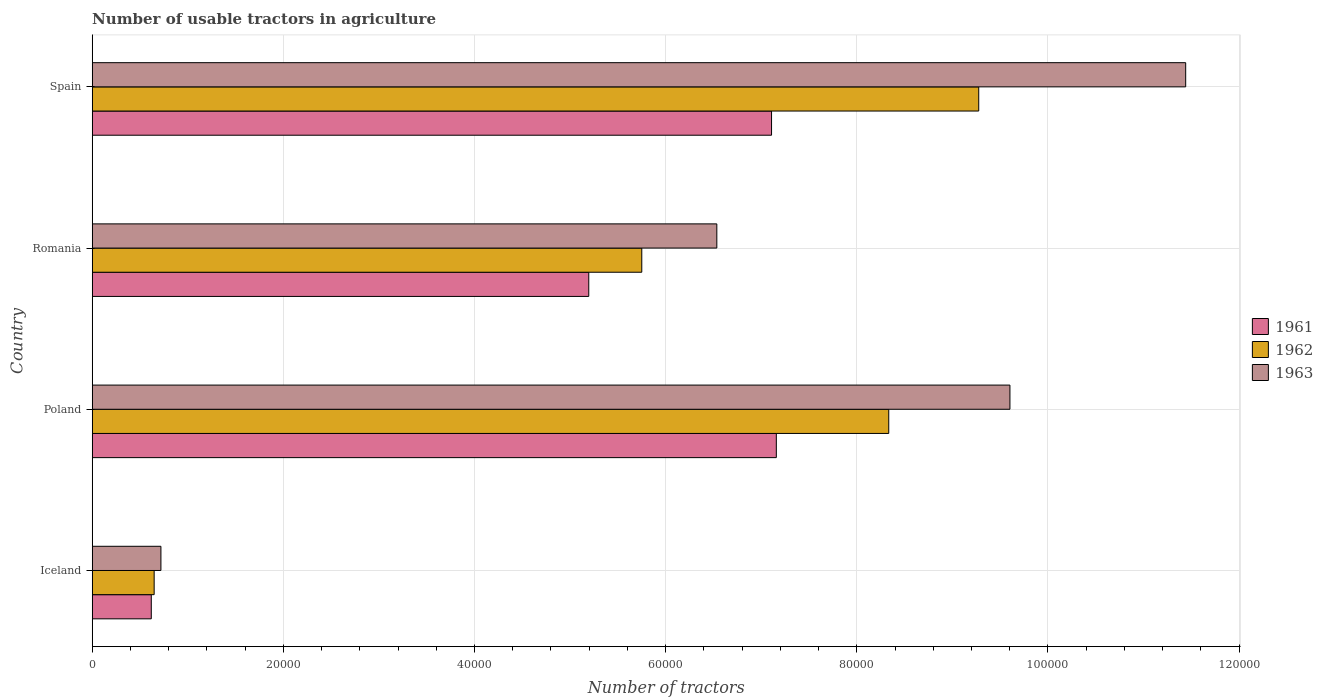
| Country | 1961 | 1962 | 1963 |
 | --- | --- | --- | --- |
 | Iceland | 6.18e+03 | 6.48e+03 | 7.19e+03 |
 | Poland | 7.16e+04 | 8.33e+04 | 9.6e+04 |
 | Romania | 5.2e+04 | 5.75e+04 | 6.54e+04 |
 | Spain | 7.11e+04 | 9.28e+04 | 1.14e+05 |